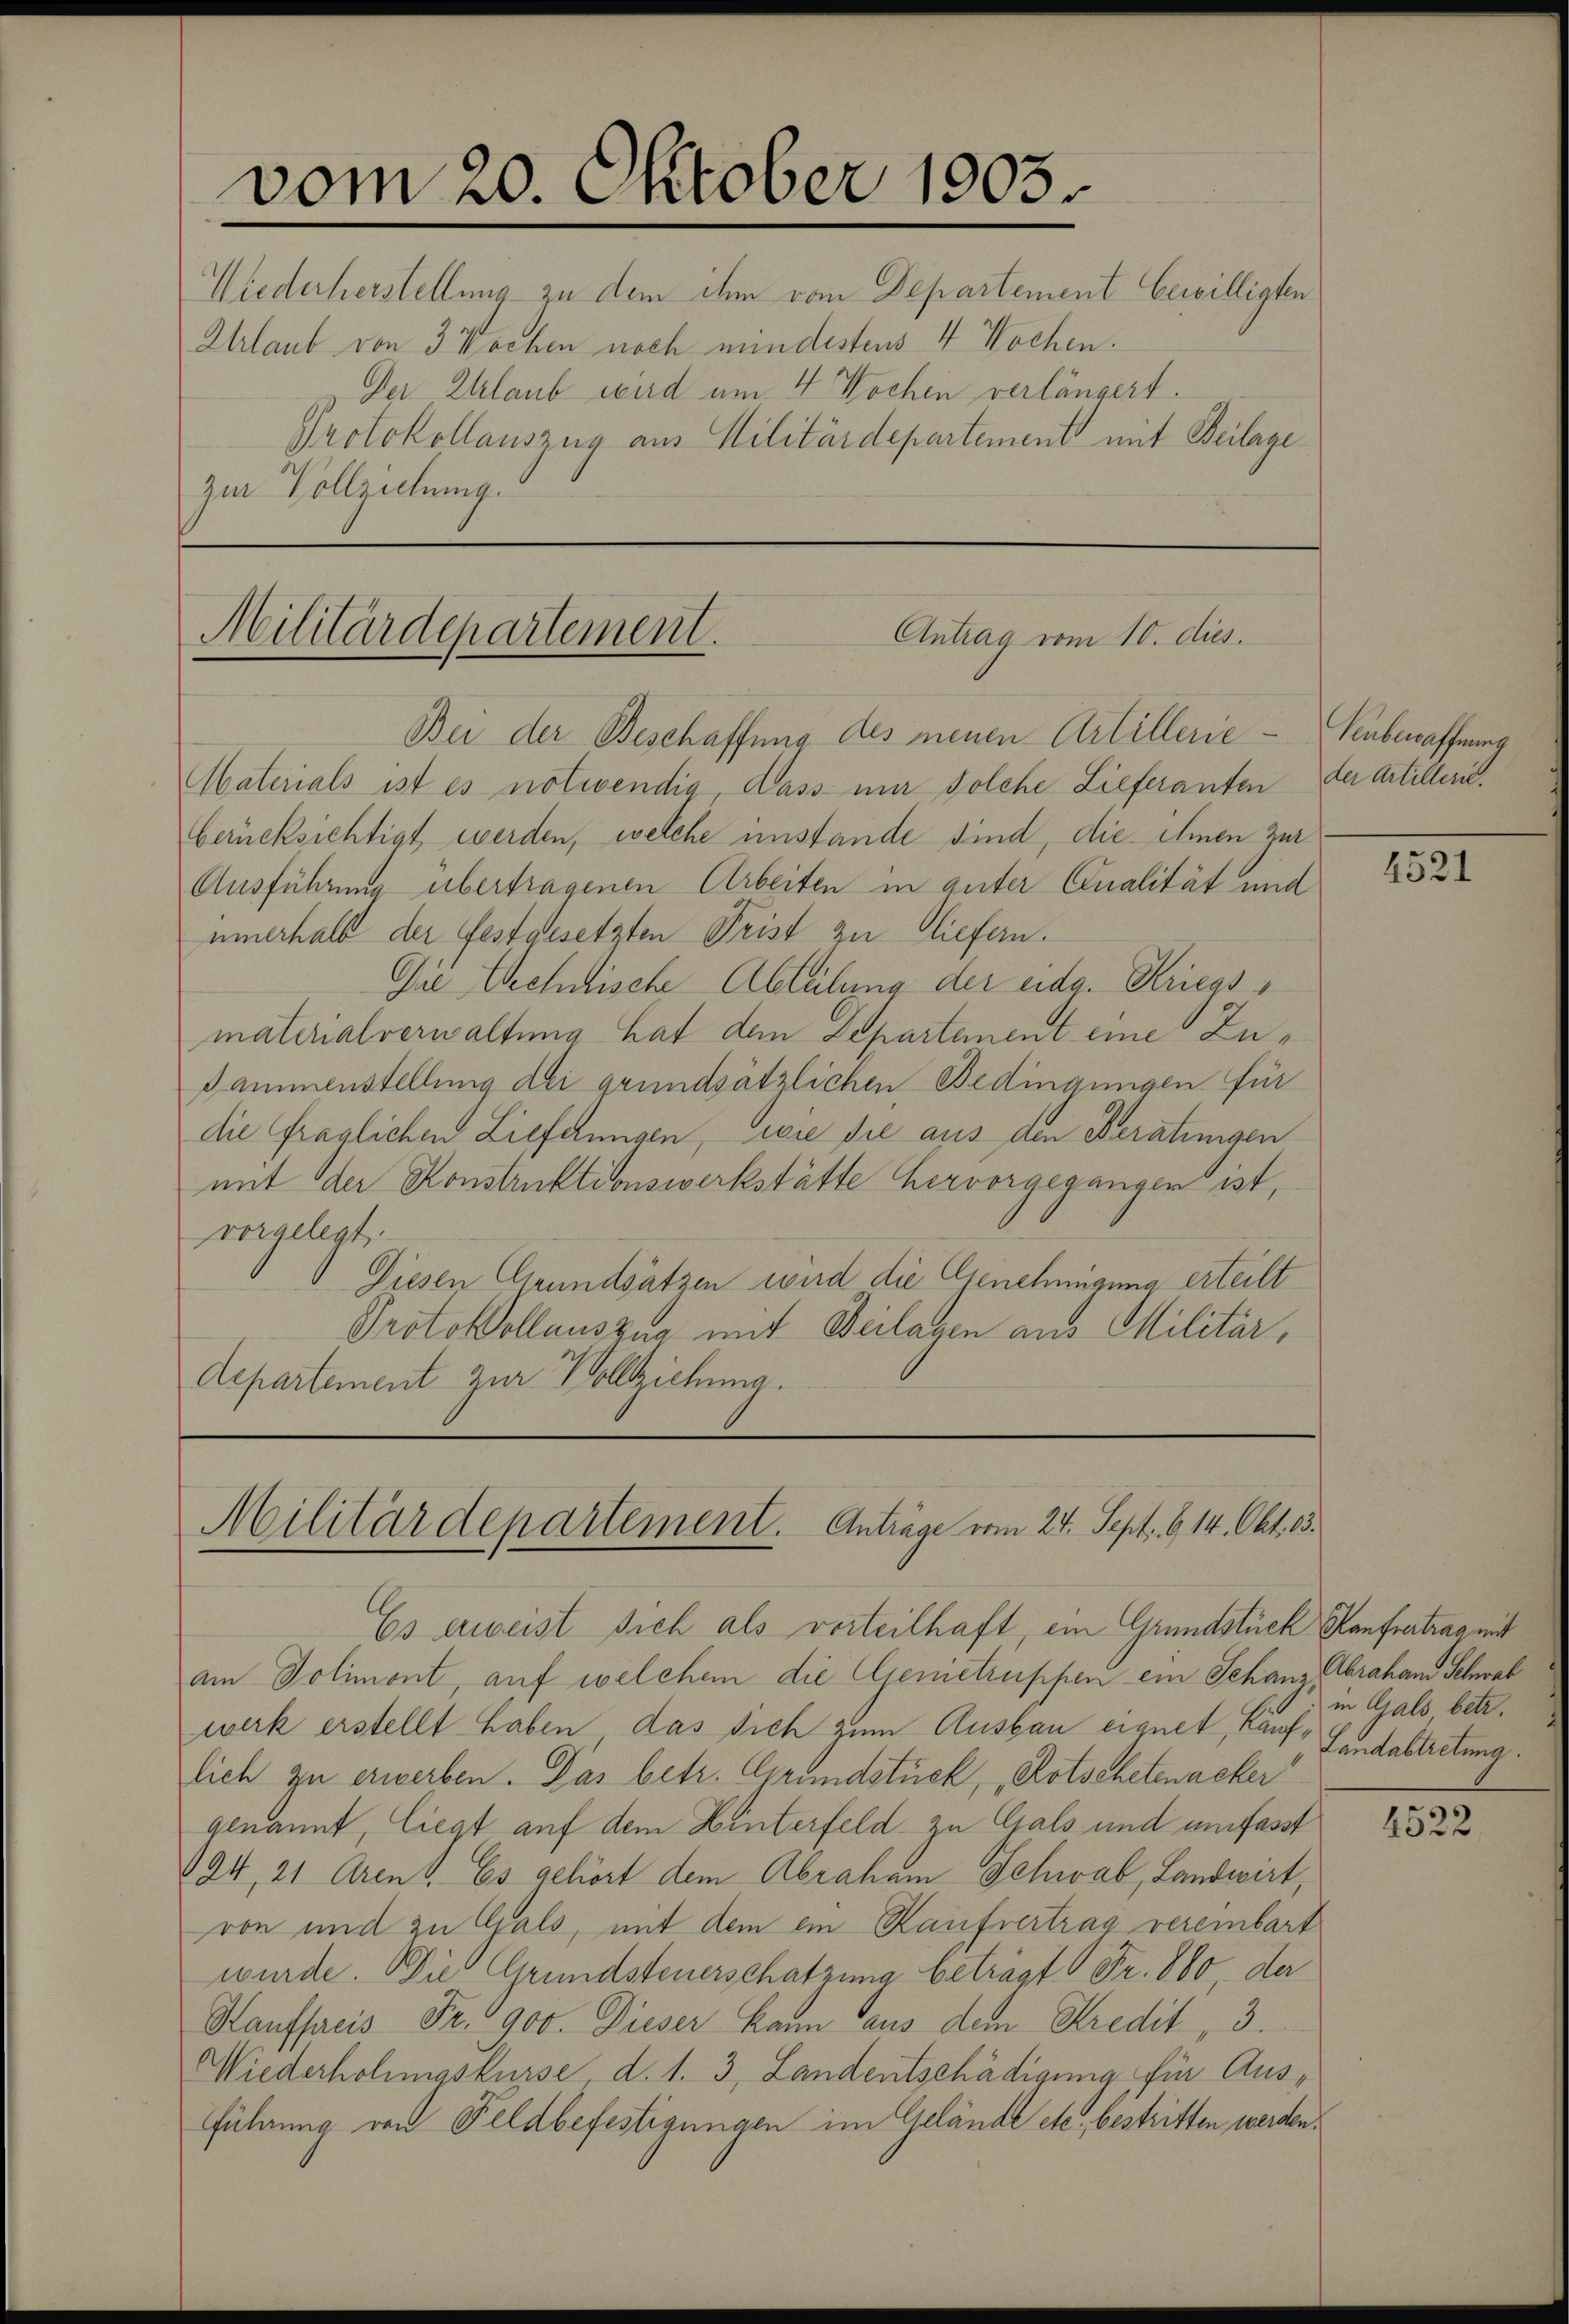
vom 20. Oktober 1903.

Wiederherstellung zu dem ihm vom Departement bewilligten
Ahrlaub von 3 Wochen noch mindestens 4 Wochen.
Der Ehrlaub wird um 4 Wochen verlängert.
Protokollauszug aus Militärdepartement mit Beilage
zur Vollziehung.

Antrag vom 10. dies.
Militärdepartement.

Bei der Beschaffung des neuen Artillerie-Seubewaffnung
Materials ist es notwendig, dass mir solche Lieferanten der Artillerieberücksichtigt werden, welche unstande sind, die ihnen zur
Ausführung übertragenen Arbeiten in anter Qualität und
innerhalb der festgesetzten Prist zu liefern.
Die Technische Abteilung der eidg. Kriegsmaterialverwaltung hat den Departement eine Zu¬
Dammenstellung dei grundsätzlichen Bedingungen für
die fraglichen Lieferungen, wie die aus den Beratungen
mit der Konstruktionswerkstätte hervorgegangen ist,
vorgelegt.
Diesen Grundsätzen wird die Genehmigung erteilt
Protokollauszug mit Beilagen aus Militär,
departement zur Vollziehung.

Militärdepartement. Anträge vom 24. Sept. 6. 14. Okt. 13.

Es erweist sich als verteilhaft ein Grundstück, Kaufvertrag mit
am Solimont, auf welchem die Gemetruppen ein Schanz Graham Schwab
werk erstellt haben, das sich zum Ausbau eignet, Kauflich zu erwerben. Das betr. Grundstück, Kotschetenacker
genannt, liegt auf dem Hinterfeld zu Gals und umfasst
194, 21 Arens. Es gehört dem Abraham Schwab, Landwirt,
von und zu Gals, mit dem ein Kaufvertrag vereinbart
wurde. Die Grundsteuerschatzung beträgt Fr. 880, der
Hauffacis Fr. 900. Dieser kann aus dem Kredit 3.
Wiederholungskurse, d. 1. 3, Landentschädigung für Ausführung von Feldbefestigungen im Gelände etc., bestritten werden.

4521

in Gals, betr.
Landabtretung.

4522